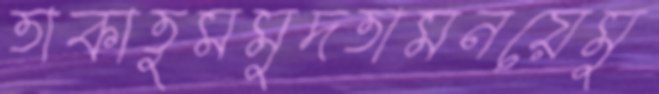
তাকাতুমমুদতামনয়েমু